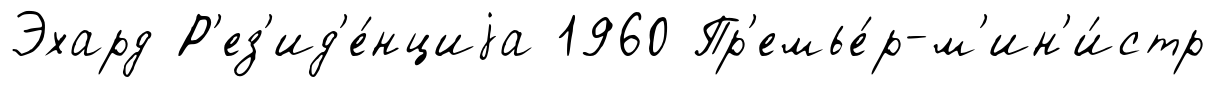
Эхард Р'ез'ид'е́нциjа 1960 Пр'емье́р-м'ин'и́стр